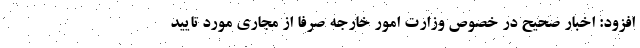
افزود: اخبار صحیح در خصوص وزارت امور خارجه صرفا از مجاری مورد تایید